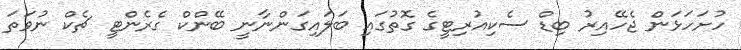
ހުށަހަޅަން ޖެހޭއިރު ބިޑް ސެކިއުރިޓީގެ ގޮތުގައި ބަލައިގަންނާނީ ބޭންކް ގެރެންޓީ ޗެކް ނުވަތަ